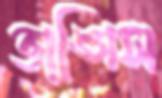
ভাঙ্গিস